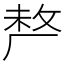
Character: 𠩺